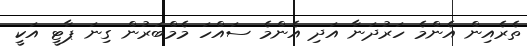
ތެރެއިން އެންމެ ހަރުދަނާ އަދި އެންމެ ސައްހަ މެމްބަރުން ގިނަ ޕާޓީ އަކީ